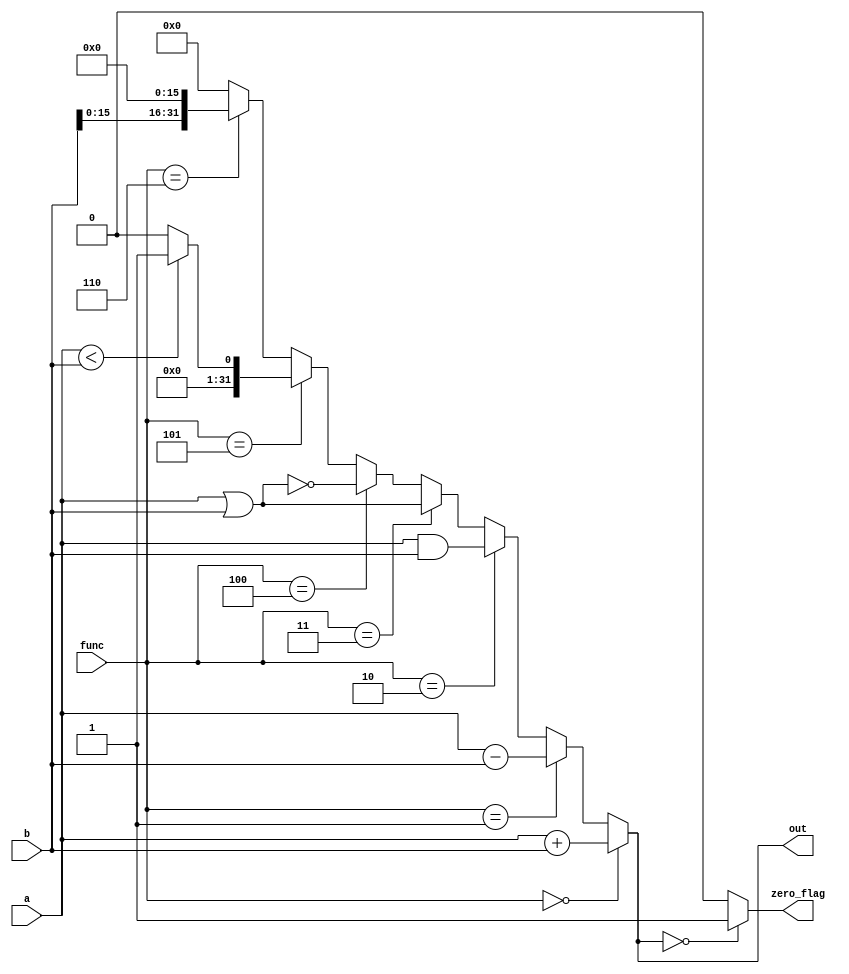
`timescale 1ns / 1ns


module ALU(
    a,
    b,
	 func,
    out,
    zero_flag
    );


	 parameter size = 32;
	 
    input [size-1:0] a;
    input [size-1:0] b;
	 input [2:0] func;
    output reg [size-1:0] out;
    output reg zero_flag;
	 
	 	
	
	
	always @(*) begin
		if (func == 3'd0) 
		out = a+b;
		else if (func == 3'd1)
		out = a-b;
		else if (func == 3'd2)
		out = a&b;
		else if (func == 3'd3)
		out = a|b;
		else if (func == 3'd4)
		out = ~(a|b);
		else if (func == 3'd5)
		out = ((a < b)? 1:0);	
		else if (func == 3'd6)
		out = {b[15:0], 16'b0};
		else
		out = 0;
   end

    always @(*) begin
	case (out) 
	0: zero_flag = 1'b1; //BEQ
	default: zero_flag = 1'b0;
	endcase
	end

endmodule